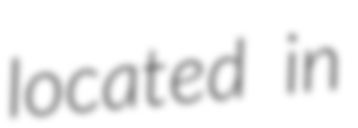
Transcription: located in